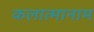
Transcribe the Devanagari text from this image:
कलात्मानाम